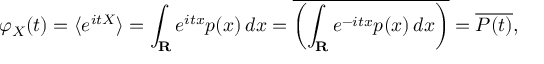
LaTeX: \varphi _ { X } ( t ) = \langle e ^ { i t X } \rangle = \int _ { \mathbf { R } } e ^ { i t x } p ( x ) \, d x = { \overline { { \left( \int _ { \mathbf { R } } e ^ { - i t x } p ( x ) \, d x \right) } } } = { \overline { { P ( t ) } } } ,